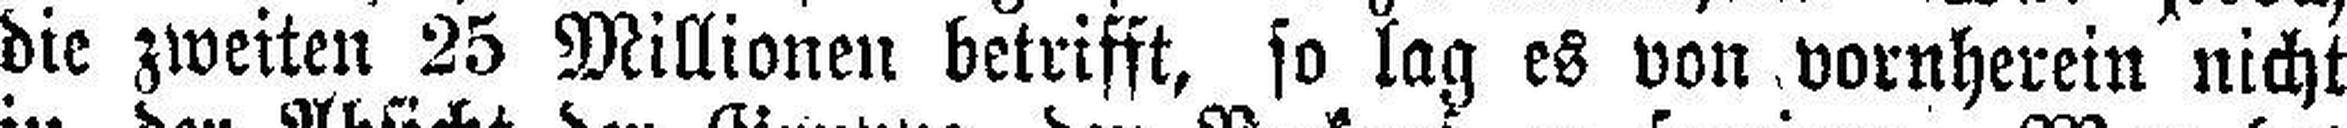
die zweiten 25 Millionen betrifft, so lag es von vornherein nicht